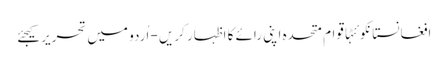
افغانستانکوئٹہاقوام متحدہ اپنی رائے کا اظہار کریں - اُردو میں تحریر کیجئے